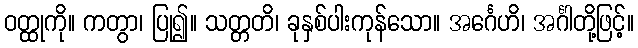
ဝတ္ထုကို။ ကတွာ၊ ပြု၍။ သတ္တတိ၊ ခုနှစ်ပါးကုန်သော။ အင်္ဂေဟိ၊ အင်္ဂါတို့ဖြင့်။